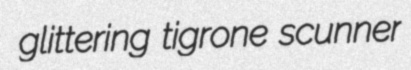
glittering tigrone scunner